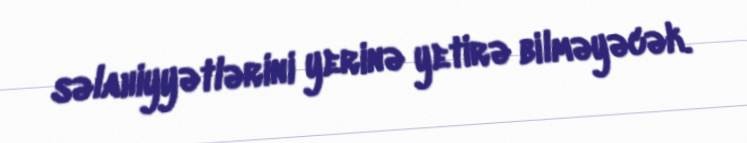
səlahiyyətlərini yerinə yetirə bilməyəcək.